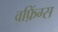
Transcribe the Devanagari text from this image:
वफ़िंग्स